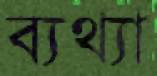
ব্যথ্যা